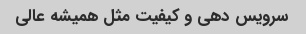
سرویس دهی و کیفیت مثل همیشه عالی